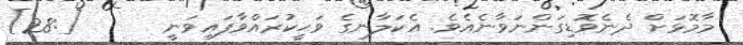
މާމޮޅަށް ދެނެވޮޑިގަންނަވާނެއެވެ. އެކަލާނގެ ވަޙީކުރައްވާފައިވަނީ      [:28]